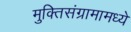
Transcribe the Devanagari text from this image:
मुक्तिसंग्रामामध्ये